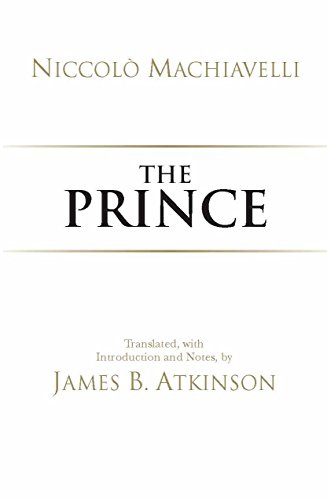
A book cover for The Prince (Hackett Classics); Niccolo Machiavelli; Politics & Social Sciences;